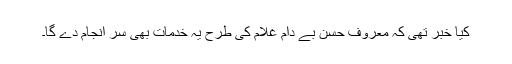
کیا خبر تھی کہ معروف حسن بے دام غلام کی طرح یہ خدمات بھی سر انجام دے گا۔